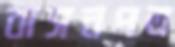
বাসনপত্র